Reports on dispensaries and lunatic asylums in the Province of Oudh - 1869-1876
Year: 1869
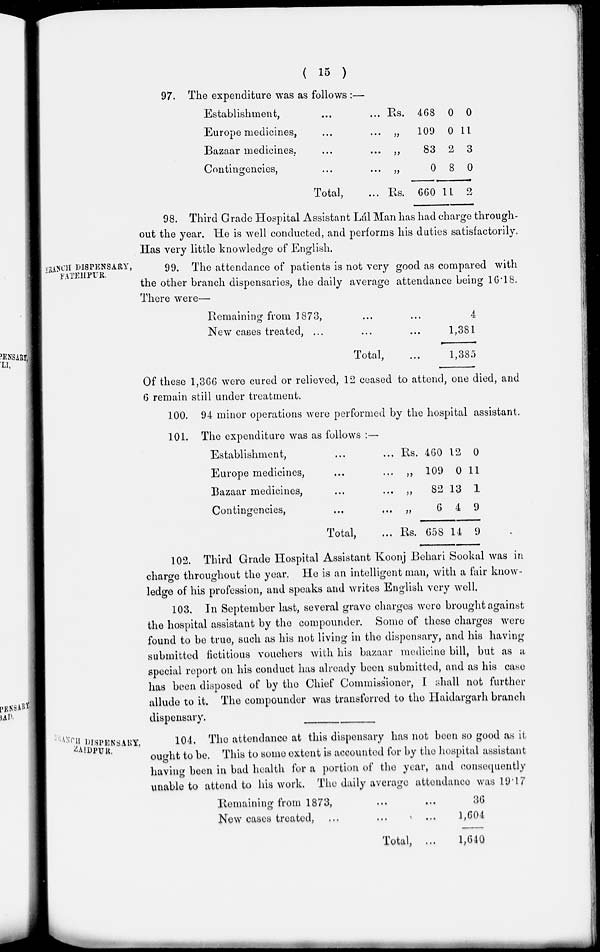
( 15 )
97. The expenditure was as follows :—
Establishment, ... ...
Europe medicines, ... ...
Bazaar medicines, ... ...
Contingencies, ... ...
Total, ...
Rs.
„
„
„
Rs.
468
109
83
0
660
0
0
2
8
11
0
11
3
0
2
98. Third Grade Hospital Assistant Lál Man has had charge through-
out the year. He is well conducted, and performs his duties satisfactorily.
Has very little knowledge of English.
BRANCH DISPENSARY,
FATEHPUR.
99. The attendance of patients is not very good as compared with
the other branch dispensaries, the daily average attendance being 16.18.
There were—
Remaining from 1873,
...
New cases treated, ...
... ...
Total, ...
4
1,381
1 , 385
Of these 1,366 were cured or relieved, 12 ceased to attend, one died, and
6 remain still under treatment.
100. 94 minor operations were performed by the hospital assistant.
101. The expenditure was as follows : —
Establishment, ... ...
Europe medicines, ... ...
Bazaar medicines, ... ...
Contingencies, ... ...
Total, ...
Rs.
„
„
„
Rs.
460
109
82
6
658
12
0
13
4
14
0
11
1
9
9
102. Third Grade Hospital Assistant Koonj Behari Sookal was in
charge throughout the year. He is an intelligent man, with a fair know-
ledge of his profession, and speaks and writes English very well.
103. In September last, several grave charges were brought against
the hospital assistant by the compounder. Some of these charges were
found to be true, such as his not living in the dispensary, and his having
submitted fictitious vouchers with his bazaar medicine bill, but as a
special report on his conduct has already been submitted, and as his case
has been disposed of by the Chief Commissioner, I shall not further
allude to it. The compounder was transferred to the Haidargarh branch
dispensary.
BRANCH DISPENSARY,
ZAIDPUR.
104. The attendance at this dispensary has not been so good as it
ought to be. This to some extent is accounted for by the hospital assistant
having been in bad health for a portion of the year, and consequently
unable to attend to his work. The daily average attendance was 19.17
Remaining from 1873, ... ...
New cases treated, ... ... ...
Total, ...
36
1,604
1,640